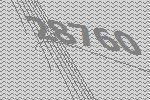
28760